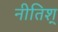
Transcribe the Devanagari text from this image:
नीतिश्